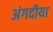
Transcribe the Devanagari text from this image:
अंगदीया